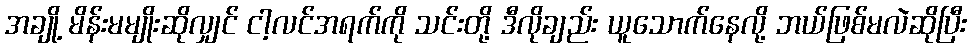
အချို့ မိန်းမမျိုးဆိုလျှင် ငါ့လင်အရက်ကို သင်းတို့ ဒီလိုချည်း ယူသောက်နေလို့ ဘယ်ဖြစ်မလဲဆိုပြီး